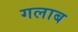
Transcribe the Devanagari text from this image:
गलाब